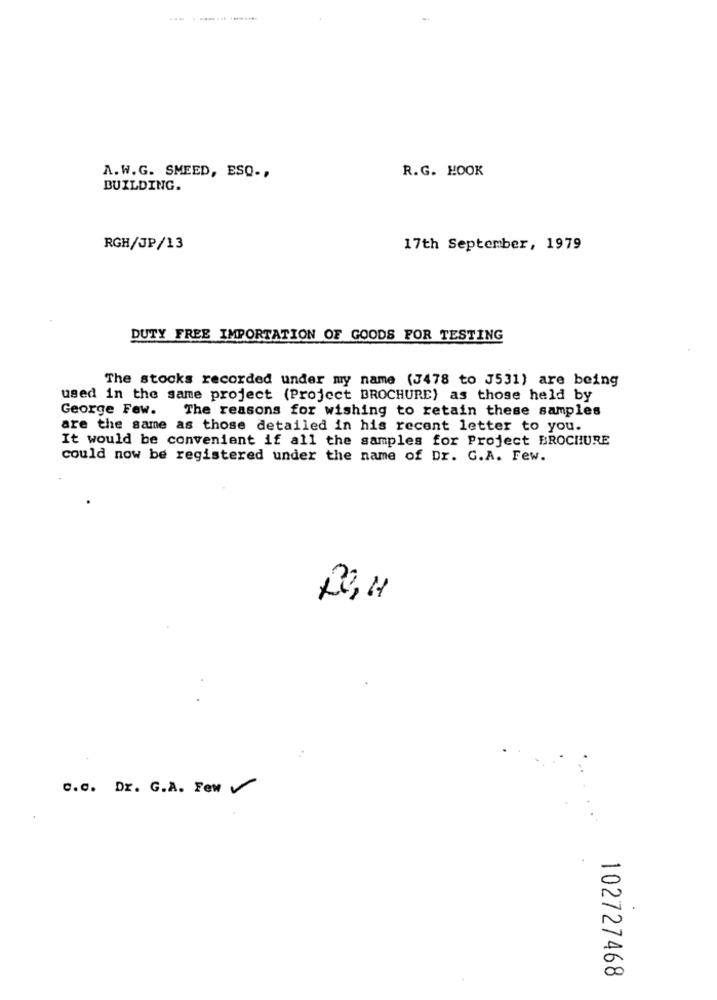
R.G. HOOK
A.W.G. SMEED, ESQ .,
BUILDING.
RGH/JP/13
17th September, 1979
DUTY FREE IMPORTATION OF GOODS FOR TESTING
The stocks recorded under my name (J478 to J531) are being
used in the same project (Project BROCHURE) as those held by
George Few.
The reasons for wishing to retain these samples
are the same as those detailed in his recent letter to you.
It would be convenient if all the samples for Project BROCHURE
could now be registered under the name of Dr. G.A. Few.
c.c. Dr. G.A. Few
102727468